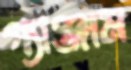
গ্যাঞ্জাম